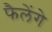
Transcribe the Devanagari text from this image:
फैलेंगे